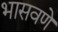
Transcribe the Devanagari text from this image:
भासवणे